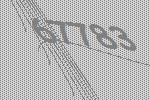
67783